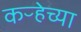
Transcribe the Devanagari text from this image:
कऱ्हेच्या